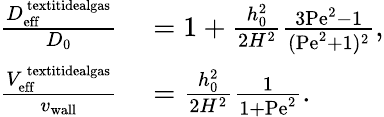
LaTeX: \begin{array}{rl}{\frac{D_{\mathrm{eff}}^{\mathrm{\ textit{idealgas}}}}{D_{0}}}&{{}=1+\frac{h_{0}^{2}}{2H^{2}}\frac{3\mathrm{Pe}^{2}-1}{(\mathrm{Pe}^{2}+1)^{2}},}\\ {\frac{V_{\mathrm{eff}}^{\mathrm{\ textit{idealgas}}}}{v_{\mathrm{wall}}}}&{{}=\frac{h_{0}^{2}}{2H^{2}}\frac{1}{1+\mathrm{Pe}^{2}}.}\end{array}